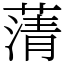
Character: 蔳